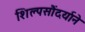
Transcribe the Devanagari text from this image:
शिल्पसौंदर्याने